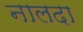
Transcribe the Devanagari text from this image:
नालदा